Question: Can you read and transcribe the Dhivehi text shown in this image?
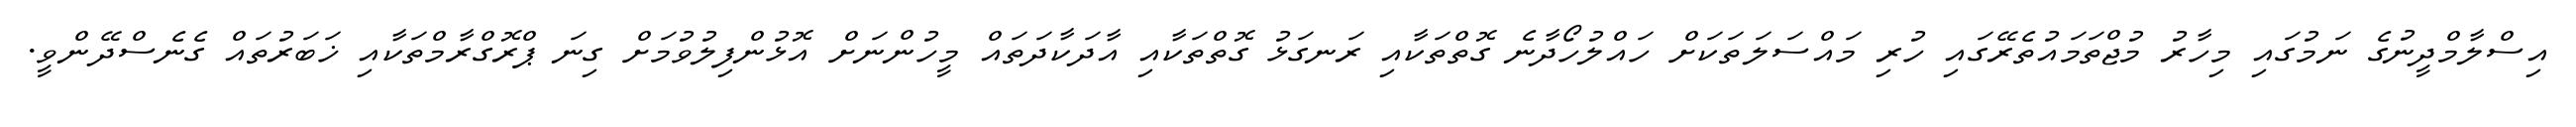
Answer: އިސްލާމްދީނުގެ ނަމުގައި މިހާރު މުޖްތަމައުތެރޭގައި ހުރި މައްސަލަތަކަށް ހައްލުހޯދާނެ ގޮތްތަކާއި ރަނގަޅު ގޮތްތަކާއި އާދަކާދަތައް މީހުންނަށް އޮޅުންފިލުވުމަށް ގިނަ ޕްރޮގްރާމްތަކާއި ޚަބަރުތައް ގެނެސްދޭންވީ.